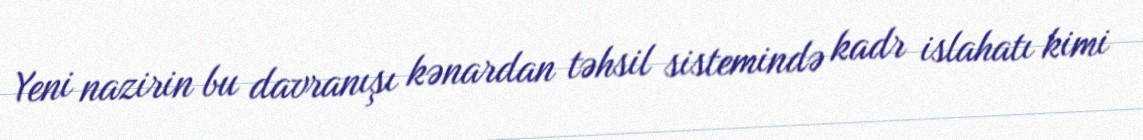
Yeni nazirin bu davranışı kənardan təhsil sistemində kadr islahatı kimi